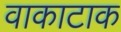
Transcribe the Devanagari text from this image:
वाकाटाक